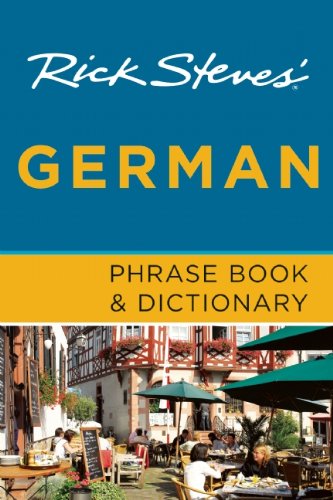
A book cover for Rick Steves' German Phrase Book & Dictionary; Rick Steves; Travel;